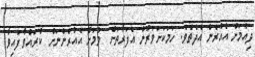
ދިއުމަށް އެއުރެން އެދެތެވެ. ހަމަކަށަވަރުން އެފަރާތަށް  ވުމަށް އެއުރެންނަށް  ކުރައްވާފައިވާ